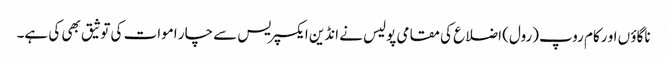
ناگاؤ ں او رکام روپ(رول) اضلاع کی مقامی پولیس نے انڈین ایکسپریس سے چار اموات کی توثیق بھی کی ہے۔